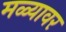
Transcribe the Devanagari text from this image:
मळ्यावर